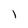
Character: l